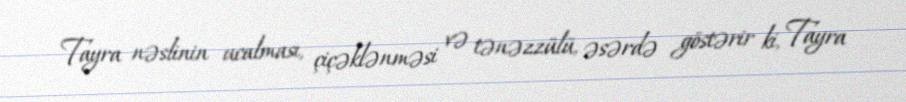
Tayra nəslinin ucalması, çiçəklənməsi və tənəzzülü, əsərdə göstərir ki, Tayra